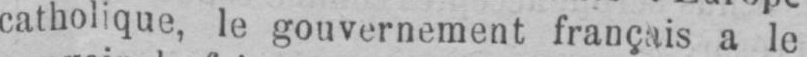
catholique, le gouvernement français a le